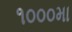
૧૦૦૦મા